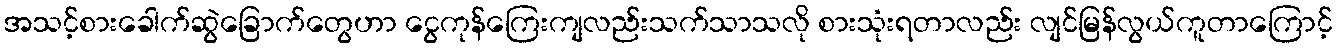
အသင့်စားခေါက်ဆွဲခြောက်တွေဟာ ငွေကုန်ကြေးကျလည်းသက်သာသလို စားသုံးရတာလည်း လျင်မြန်လွယ်ကူတာကြောင့်